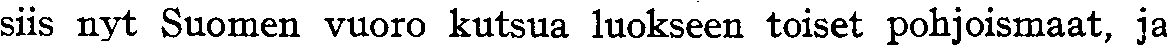
siis nyt Suomen vuoro kutsua luokseen toiset pohjoismaat, ja